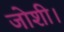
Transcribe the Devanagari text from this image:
जोशी।